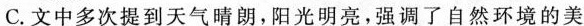
C.文中多次提到天气睛朗，阳光明亮，强调了自然环境的美